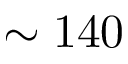
\sim 1 4 0